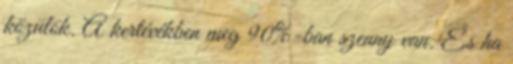
közülök. A kertévékben meg 90%-ban szenny van. És ha